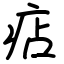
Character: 痁